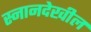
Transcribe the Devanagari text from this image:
स्नानदेखील